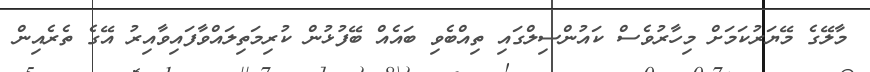
މާލޭގެ މޭޔަރުކަމަށް މިހާރުވެސް ކައުންސިލްގައި ތިއްބެވި ބައެއް ބޭފުޅުން ކުރިމަތިލައްވާފައިވާއިރު އޭގެ ތެރެއިން